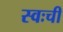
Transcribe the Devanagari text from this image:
स्वःची